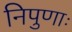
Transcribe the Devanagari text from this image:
निपुणाः